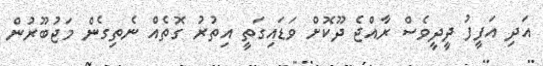
އަދި އަފީފު ދީދީވެސް ރާއްޖެ ދޫކޮށް ވަޑައިގަތީ އިތުރު ގޮތެއް ނެތިގެން މަޖުބޫރުން